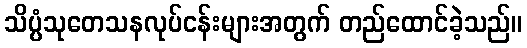
သိပ္ပံသုတေသနလုပ်ငန်းများအတွက် တည်ထောင်ခဲ့သည်။